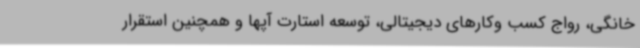
خانگی، رواج کسب وکارهای دیجیتالی، توسعه استارت آپها و همچنین استقرار